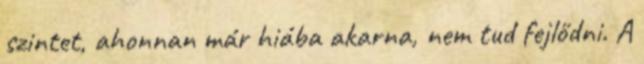
szintet, ahonnan már hiába akarna, nem tud fejlődni. A